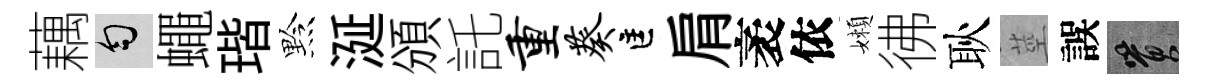
藕匀蠅瑎黔涎頒託重葵匡肩袤依嬾彿耿莖誤篔